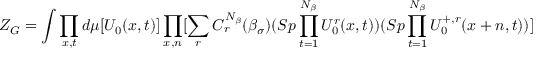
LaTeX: Z _ { G } = \int \prod _ { x , t } d \mu [ U _ { 0 } ( x , t ) ] \prod _ { x , n } [ \sum _ { r } C _ { r } ^ { N _ { \beta } } ( \beta _ { \sigma } ) ( S p \prod _ { t = 1 } ^ { N _ { \beta } } U _ { 0 } ^ { r } ( x , t ) ) ( S p \prod _ { t = 1 } ^ { N _ { \beta } } U _ { 0 } ^ { + , r } ( x + n , t ) ) ]